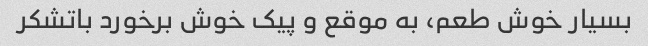
بسیار خوش طعم، به موقع و پیک خوش برخورد باتشکر